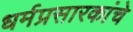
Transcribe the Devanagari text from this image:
धर्मप्रसारकांचे